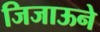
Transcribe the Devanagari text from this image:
जिजाऊने